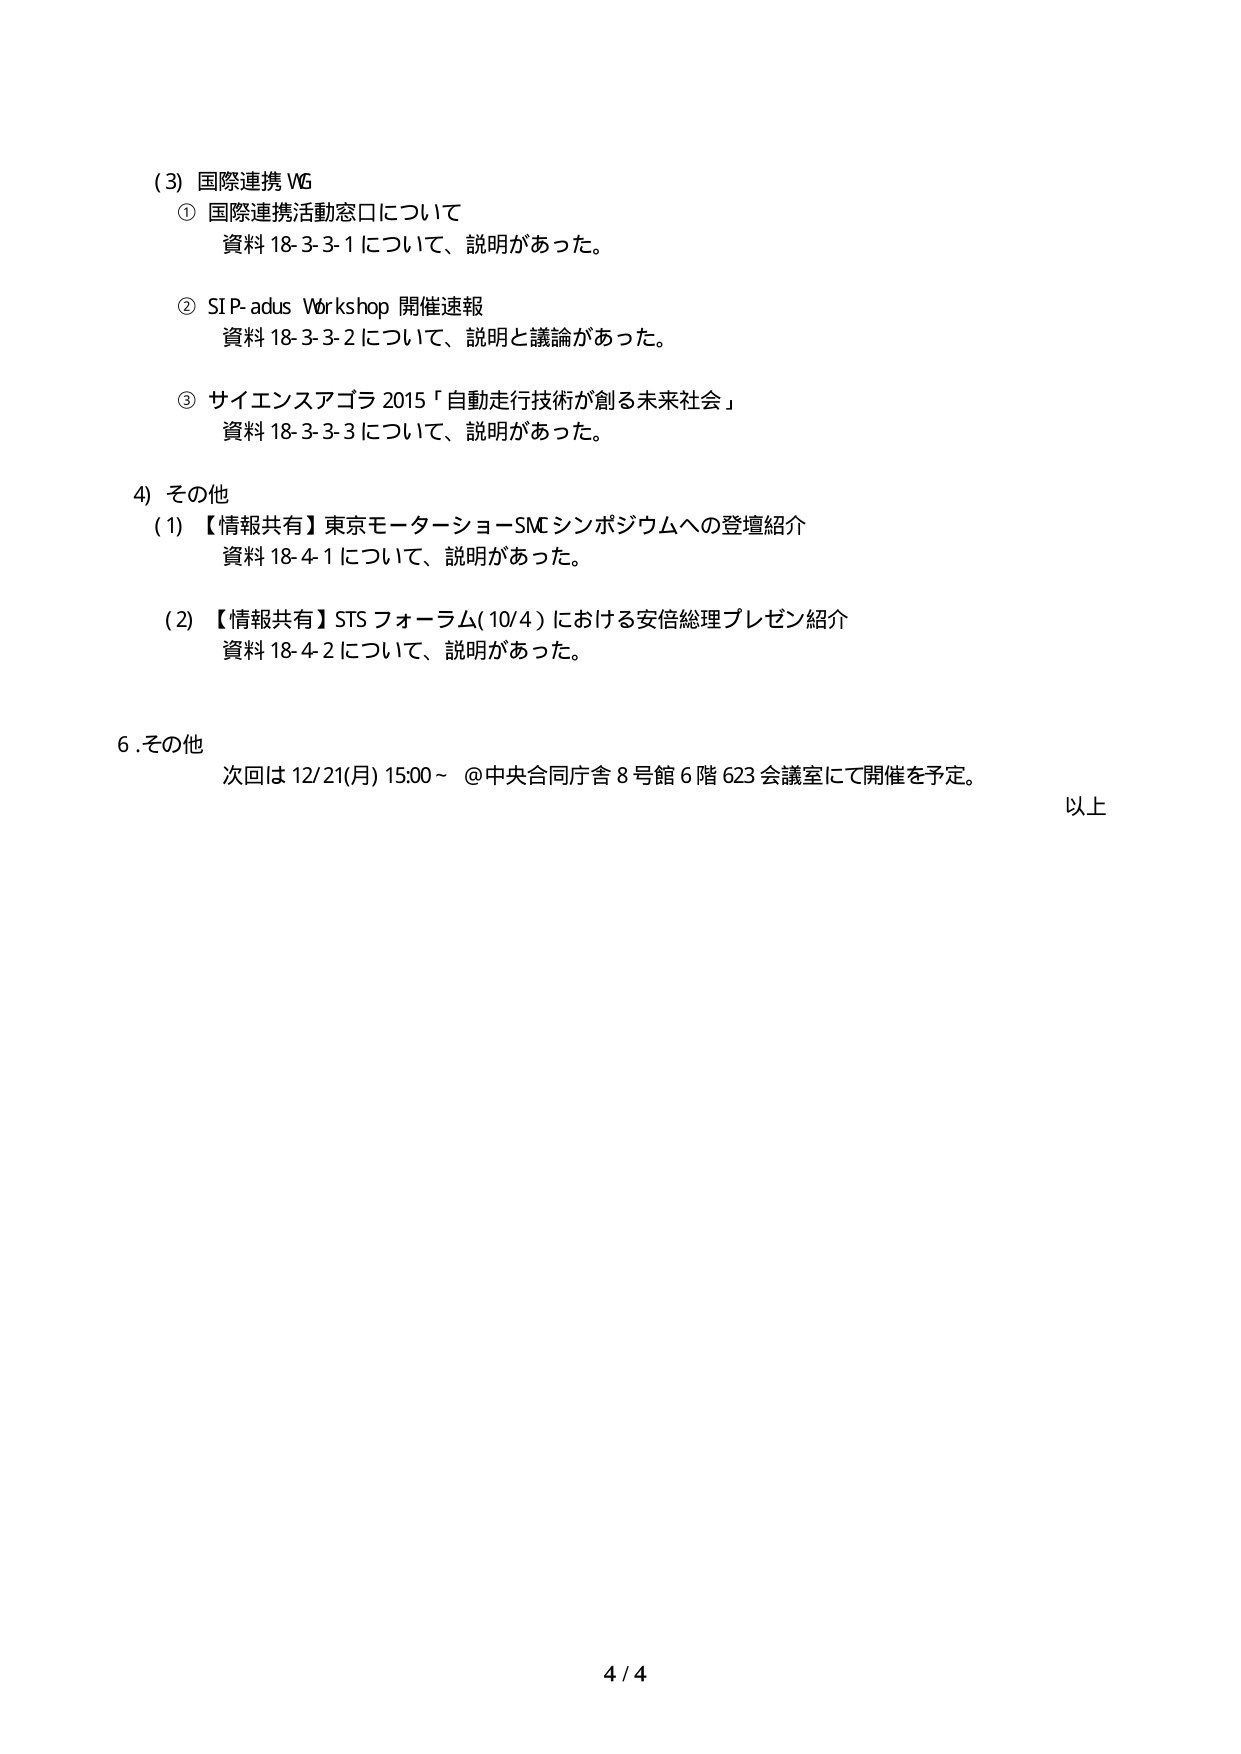
(3) 国際連携 WG
① 国際連携活動窓口について
資料 18-3-3-1 について、説明があった。

② SI P-adus Workshop 開催速報
資料 18-3-3-2 について、説明と議論があった。

③ サイエンスアゴラ 2015「自動走行技術が創る未来社会」
資料 18-3-3-3 について、説明があった。

4) その他
(1) 【情報共有】東京モーターショーSMシンポジウムへの登壇紹介
資料 18-4-1 について、説明があった。

(2) 【情報共有】STS フォーラム(10/4)における安倍総理プレゼン紹介
資料 18-4-2 について、説明があった。

6. その他
次回は 12/21(月) 15:00～ @中央合同庁舎 8号館 6階 623 会議室にて開催を予定。
以上

4 / 4